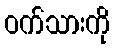
ဝက်သားကို